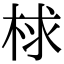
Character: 梂